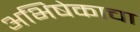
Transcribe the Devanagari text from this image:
अभिषेकाचा